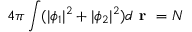
4 \pi \int ( | \phi _ { 1 } | ^ { 2 } + | \phi _ { 2 } | ^ { 2 } ) d \textbf { r } = N